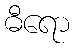
ဓီရော